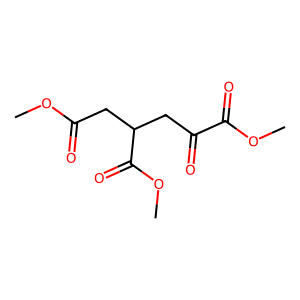
SMILES: COC(=O)CC(CC(=O)C(=O)OC)C(=O)OC
Inhibits HIV replication: No